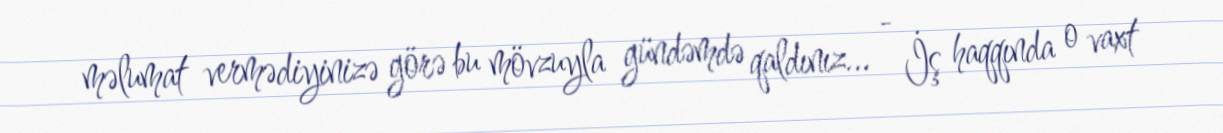
məlumat vermədiyinizə görə bu mövzuyla gündəmdə qaldınız... - İş haqqında o vaxt